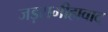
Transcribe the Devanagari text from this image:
जड़समीहावाद